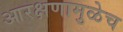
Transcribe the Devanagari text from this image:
आरक्षणामुळेच